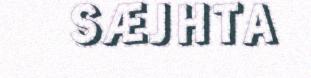
SÆJHTA